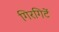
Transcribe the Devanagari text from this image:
गिरगिटें